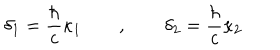
LaTeX: \delta _ { 1 } = \frac \hbar c \kappa _ { 1 } \qquad , \qquad \delta _ { 2 } = \frac \hbar c \kappa _ { 2 }